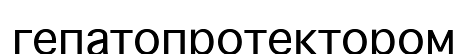
гепатопротектором